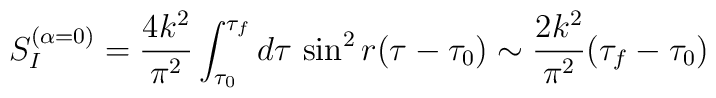
S_I^{(\alpha = 0)} = \frac{4k^2}{\pi^2} \int_{\tau_0}^{\tau_f} d\tau{}~{\sin }^2\, r (\tau -\tau_0) \sim \frac{2k^2}{\pi^2}(\tau_f -\tau_0)